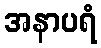
အနာပရံ